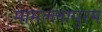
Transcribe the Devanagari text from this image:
मामल्लापुरम